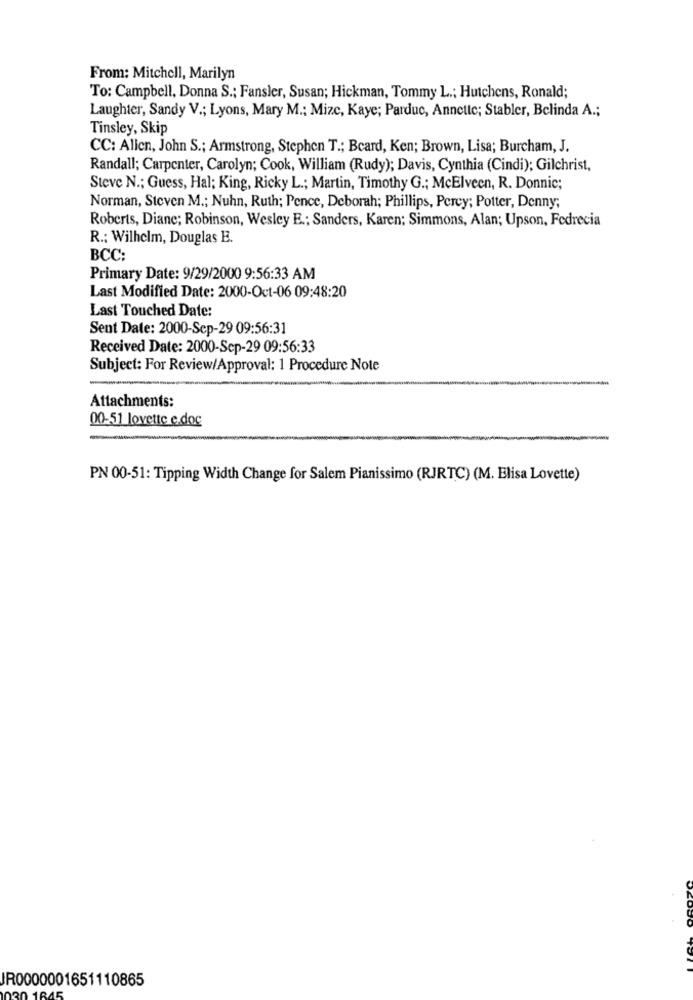
From: Mitchell, Marilyn
To: Campbell, Donna S .; Fansler, Susan; Hickman, Tommy L .; Hutchens, Ronald;
Laughter, Sandy V .; Lyons, Mary M .; Mizc, Kaye; Parduc, Annette; Stabler, Belinda A .;
Tinsley, Skip
CC: Allen, John S .; Armstrong, Stephen T .; Bcard, Ken; Brown, Lisa; Burcham, J.
Randall; Carpenter, Carolyn; Cook, William (Rudy); Davis, Cynthia (Cindi); Gilchrist,
Steve N .; Guess, Hal; King, Ricky L .; Martin, Timothy G .; McElveen, R. Donnic;
Norman, Steven M .; Nuhn, Ruth; Pence, Deborah; Phillips, Percy; Potter, Denny;
Roberts, Diane; Robinson, Wesley E .; Sanders, Karen; Simmons, Alan; Upson, Fedrecia
R .: Wilhelm, Douglas E.
BCC:
Primary Date: 9/29/2000 9:56:33 AM
Last Modified Date: 2000-Oct-06 09:48:20
Last Touched Date:
Sent Date: 2000-Sep-29 09:56:31
Received Date: 2000-Sep-29 09:56:33
Subject: For Review/Approval: 1 Procedure Note
Attachments:
00-51 lovette e.doc
PN 00-51: Tipping Width Change for Salem Pianissimo (RJRTC) (M. Elisa Lovette)
JR0000001651110865
181